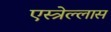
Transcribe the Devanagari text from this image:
एस्त्रेल्लास